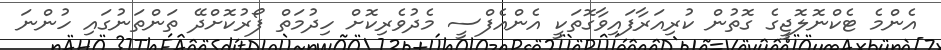
އެންމެ ޓެކްނޮލޮޖީގެ ގޮތުން ކުރިއަރާފައިވާގޮތަކީ އެންއެފްސީ މެދުވެރިކޮށް ހިދުމަތް ފޯރުކޮށްދޭ ތަންތަނުގައި ހުންނަ